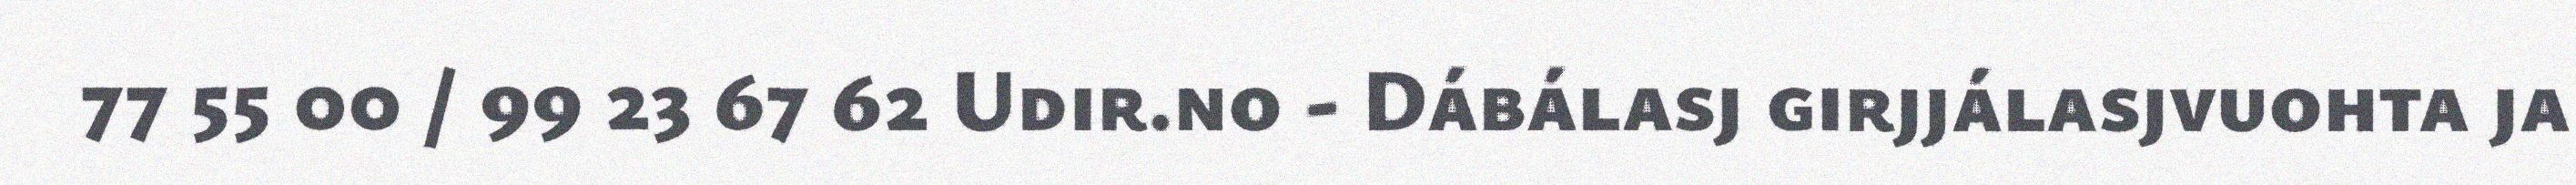
77 55 00 / 99 23 67 62 Udir.no - Dábálasj girjjálasjvuohta ja